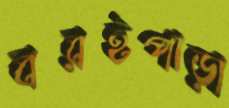
বরইপাড়া